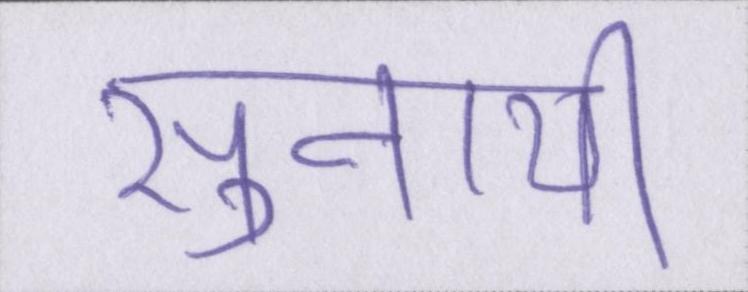
सुनायी